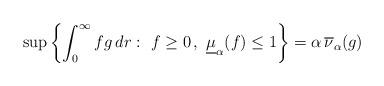
LaTeX: \begin{align*}\sup\left\{ \int_0^\infty fg\,dr:\ f\geq 0\,,\ \underline\mu_\alpha(f) \leq 1 \right\} = \alpha\, \overline\nu_\alpha(g)\end{align*}